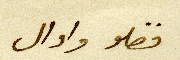
فضلو وادال